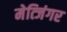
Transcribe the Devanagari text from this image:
मेत्जिंगर